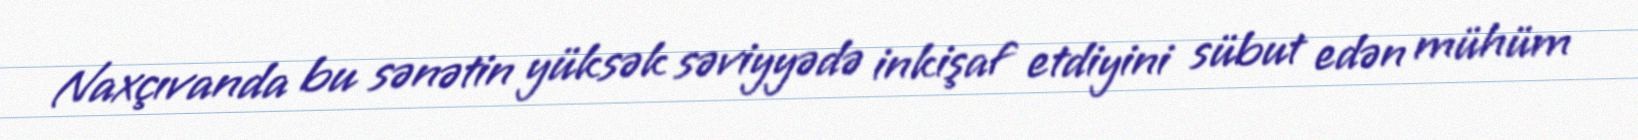
Naxçıvanda bu sənətin yüksək səviyyədə inkişaf etdiyini sübut edən mühüm